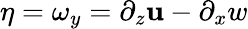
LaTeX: \eta=\omega_{y}=\partial_{z}\mathbf{u}-\partial_{x}w